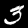
Label: 3